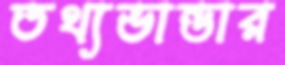
তথ্যভান্ডার